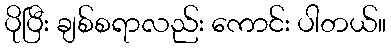
ပိုပြီး ချစ်စရာလည်း ကောင်း ပါတယ်။